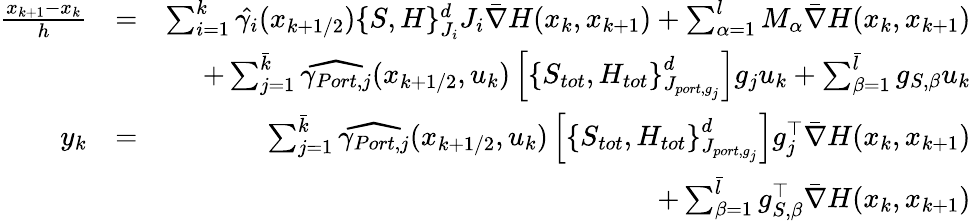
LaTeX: \begin{array}{rlr}{\frac{x_{k+1}-x_{k}}{h}}&{=}&{\sum_{i=1}^{k}\hat{\gamma_{i}}({x_{k+1/2}})\{ S,H\} _{J_{i}}^{d}J_{i}\bar{\nabla}H(x_{k},x_{k+1})+\sum_{\alpha=1}^{l}M_{\alpha}\bar{\nabla}H(x_{k},x_{k+1})}\\ &{}&{+\sum_{j=1}^{\bar{k}}\widehat{\gamma_{Port,j}}({x_{k+1/2}},u_{k})\left[\{ S_{tot},H_{tot}\} _{J_{port,g_{j}}}^{d}\right]g_{j}u_{k}+\sum_{\beta=1}^{\bar{l}}g_{S,\beta}u_{k}}\\ {y_{k}}&{=}&{\sum_{j=1}^{\bar{k}}\widehat{\gamma_{Port,j}}({x_{k+1/2}},u_{k})\left[\{ S_{tot},H_{tot}\} _{J_{port,g_{j}}}^{d}\right]g_{j}^{\top}\bar{\nabla}H(x_{k},x_{k+1})}\\ &{}&{+\sum_{\beta=1}^{\bar{l}}g_{S,\beta}^{\top}\bar{\nabla}H(x_{k},x_{k+1})}\end{array}